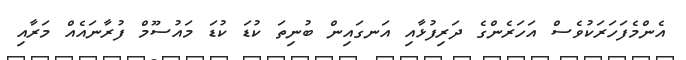
އެންމެފަހަރަކުވެސް އަހަރެންގެ ދަރިފުޅާއި އަނގައިން ބުނިތަ ކުޑަ ކުޑަ މައުސޫމް ފުރާނައެއް މަރާއި